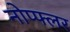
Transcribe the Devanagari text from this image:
नोप्फ्लर